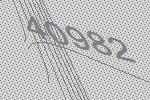
40982